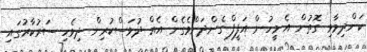
ކަންދިމާވި ގޮތުން އެ މީހުން އަފީފް ގެންދަންވެގެން އެއް ދުވަސްކުރިން ދިވެހި ސަރުކާރުގައި